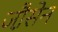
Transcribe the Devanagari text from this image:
जौ़सेन